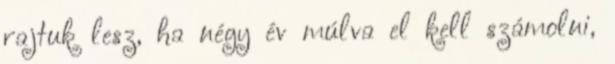
rajtuk lesz, ha négy év múlva el kell számolni,